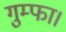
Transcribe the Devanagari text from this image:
गुम्फा।